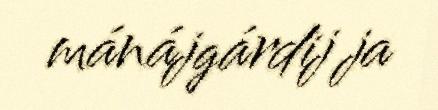
mánájgárdij ja